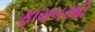
ફાયબરથી